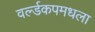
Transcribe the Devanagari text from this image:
वर्ल्डकपमधला